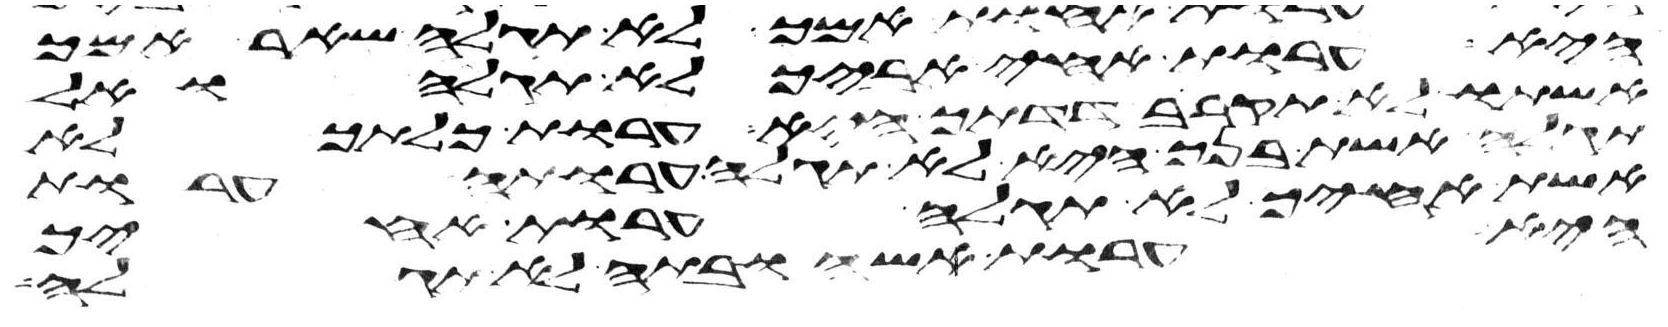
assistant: היא ערות אחי אביך לא תגלה ואל
אשתו לא תקרב דדתך היא ערות כלתך לא
תגלה אשת בנך היא לא תגלה ערותה ערות
אשת אחיך לא תגלה ערות אחיך
היא ערות אשה ובתה לא תגלה